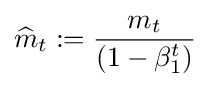
{\widehat {m}}_{t}:={\frac {m_{t}}{(1-\beta _{1}^{t})}}